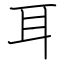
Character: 耳